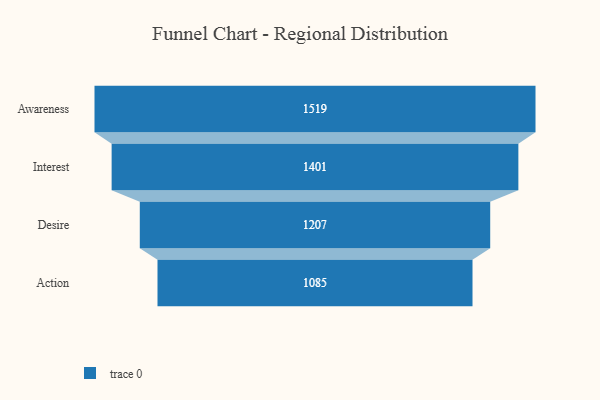
{"axis": {"x": "Stage", "y": "Value"}, "legend": [""], "data": [{"x": "Awareness", "y": 1519.0, "type": ""}, {"x": "Interest", "y": 1401.0, "type": ""}, {"x": "Desire", "y": 1207.0, "type": ""}, {"x": "Action", "y": 1085.0, "type": ""}]}